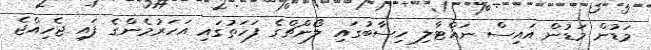
މަޑުން މަޑުން އައިސް ނައްޓާލި ހިސާބުގައި ލޯންޗްގެ ފަހަތުގައި އަހަރުމެންގެ ފައި ޖެހިއްޖެ